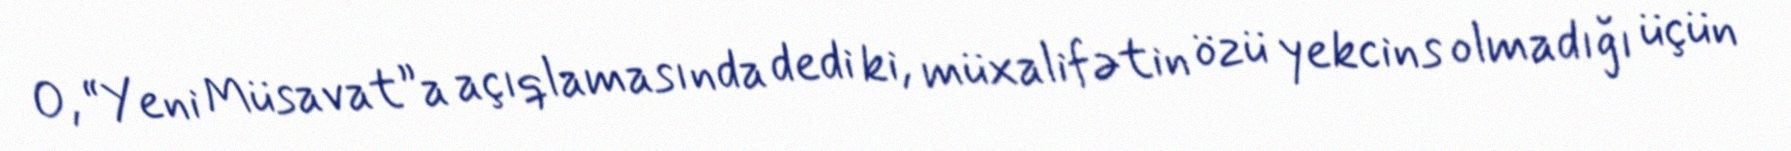
O, “Yeni Müsavat”a açıqlamasında dedi ki, müxalifətin özü yekcins olmadığı üçün